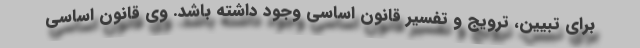
برای تبیین، ترویج و تفسیر قانون اساسی وجود داشته باشد. وی قانون اساسی